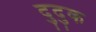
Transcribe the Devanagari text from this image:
दुदुक